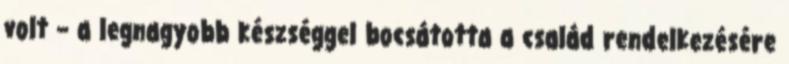
volt – a legnagyobb készséggel bocsátotta a család rendelkezésére